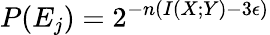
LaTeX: P(E_{j})=2^{-n(I(X;Y)-3\epsilon)}